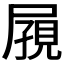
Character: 𪨔